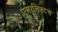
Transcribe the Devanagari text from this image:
एअरलिफ्टचे